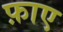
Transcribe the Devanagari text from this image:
फ़ाए